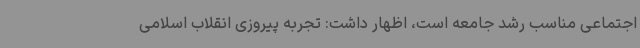
اجتماعی مناسب رشد جامعه است، اظهار داشت: تجربه پیروزی انقلاب اسلامی